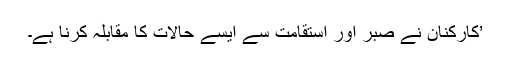
’کارکنان نے صبر اور استقامت سے ایسے حالات کا مقابلہ کرنا ہے۔